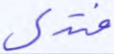
فتدلى